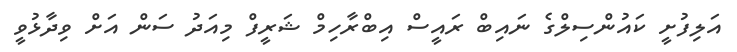
އަލިފުށީ ކައުންސިލްގެ ނައިބް ރައީސް އިބްރާހިމް ޝަރީފް މިއަދު ސަން އަށް ވިދާޅުވީ